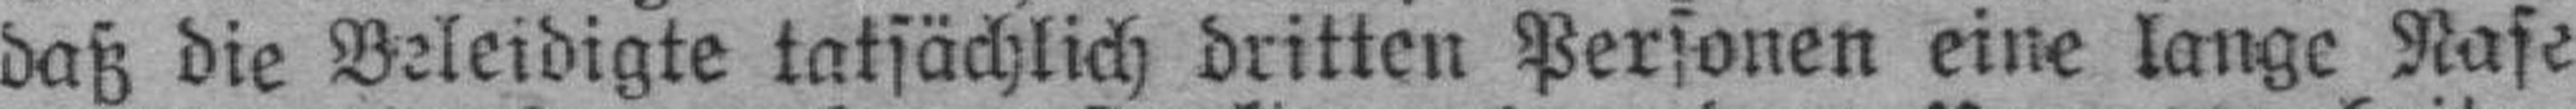
daß die Beleidigte tatsächlich dritten Personen eine lange Nase